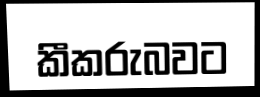
කීකරුබවට